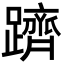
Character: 躋